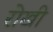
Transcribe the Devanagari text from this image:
रोखी